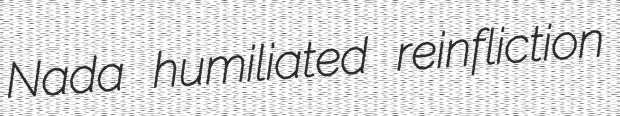
Nada humiliated reinfliction